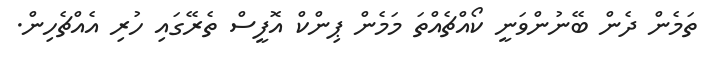
ތަމެން ދެން ބޭނުންވަނީ ކޯއްޗެއްތަ މަމެން ޕިންކް އޮފީސް ތެރޭގައި ހުރި އެއްޗެހިން.